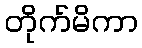
တိုက်မိကာ